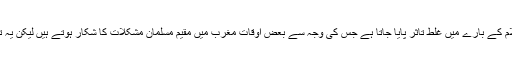
شیری رحمان نے کہا کہ موجودہ حالات میں اسلام کے بارے میں غلط تاثر پایا جاتا ہے جس کی وجہ سے بعض اوقات مغرب میں مقیم مسلمان مشکلات کا شکار ہوتے ہیں لیکن یہ تاثر مسلمان برادری مل کر ہی ختم کر سکتی ہے۔